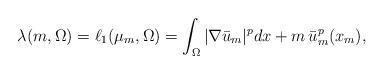
LaTeX: \begin{align*}\lambda(m,\Omega) = \ell_1(\mu_m,\Omega) = \int_{\Omega}|\nabla \bar u_m|^{p} dx+ m\, \bar u_m^p(x_m),\end{align*}